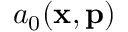
a _ { 0 } ( \mathbf { x } , \mathbf { p } )